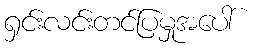
ရှင်းလင်းတင်ပြမှုအပေါ်